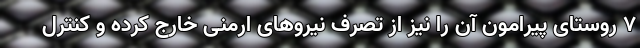
۷ روستای پیرامون آن را نیز از تصرف نیروهای ارمنی خارج کرده و کنترل